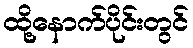
ထို့နောက်ပိုင်းတွင်